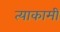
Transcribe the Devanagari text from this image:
त्याकामी